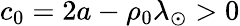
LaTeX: c_{0}=2a-\rho_{0}\lambda_{\odot}>0